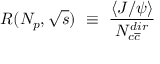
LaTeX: R ( N _ { p } , \sqrt { s } ) ~ \equiv ~ \frac { \langle J / \psi \rangle } { N _ { c \overline { { { c } } } } ^ { d i r } }